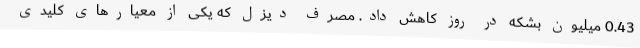
0.43 میلیون بشکه در روز کاهش داد. مصرف دیزل که یکی از معیارهای کلیدی